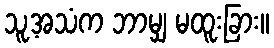
သူ့အသံက ဘာမျှ မထူးခြား။